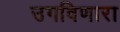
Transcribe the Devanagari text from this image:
उगविणारा